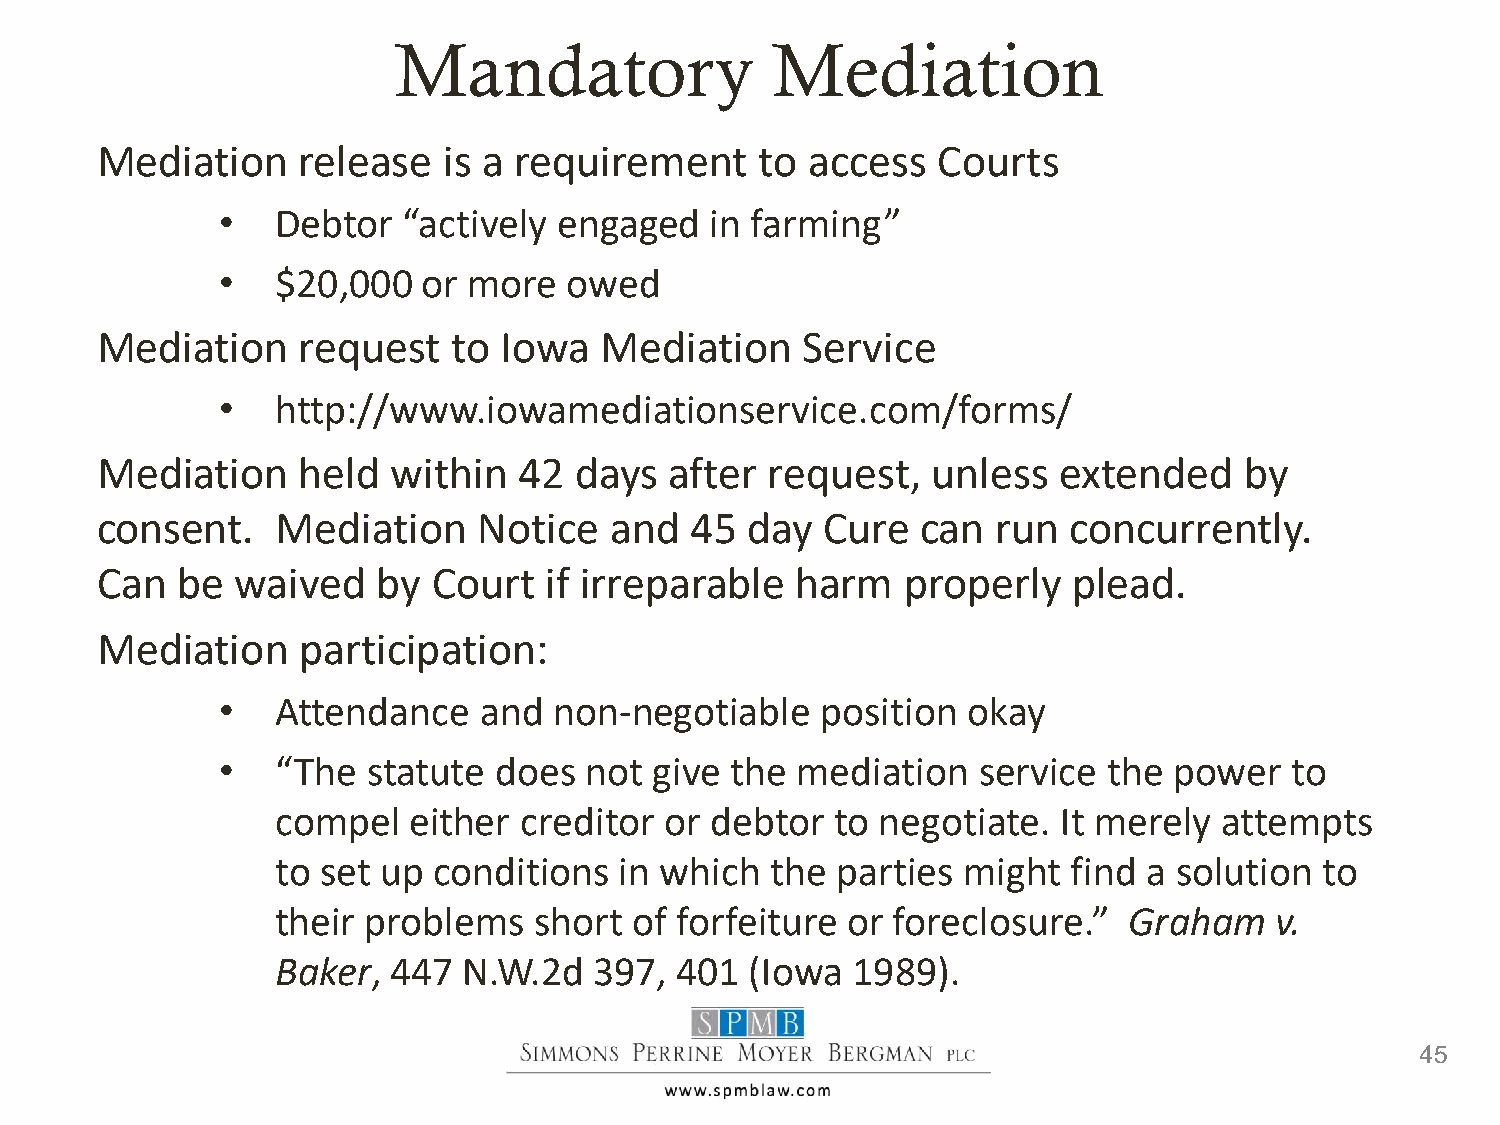
Mandatory                Mediation
 Mediation     release  is a requirement     to access   Courts
 •   Debtor   “actively engaged   in farming”
 •   $20,000   or more   owed
 Mediation     request   to Iowa   Mediation    Service
 •   http://www.iowamediationservice.com/forms/
 Mediation     held  within  42  days  after  request,   unless  extended    by
 consent.    Mediation     Notice  and   45 day   Cure  can  run  concurrently.
 Can   be  waived   by  Court  if irreparable   harm   properly   plead.
 Mediation     participation:
 •   Attendance    and  non-negotiable   position  okay
 •   “The  statute  does  not give the  mediation   service the  power   to
 compel   either creditor  or debtor  to negotiate.  It merely  attempts
 to set up  conditions  in which  the parties  might  find a solution  to
 their problems   short  of forfeiture or foreclosure.”   Graham   v.
 Baker,  447  N.W.2d  397,  401  (Iowa 1989).
 45